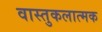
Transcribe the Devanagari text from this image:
वास्तुकलात्मक